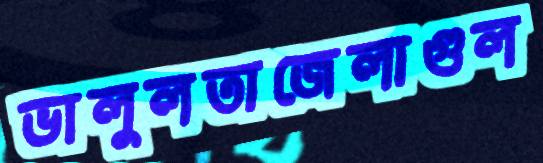
ভালুলতাজেলাগুল